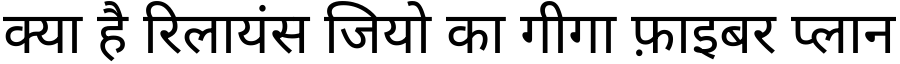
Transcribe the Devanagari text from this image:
क्या है रिलायंस जियो का गीगा फ़ाइबर प्लान